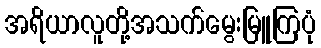
အရိယာလူတို့အသက်မွေးမြူကြပုံ